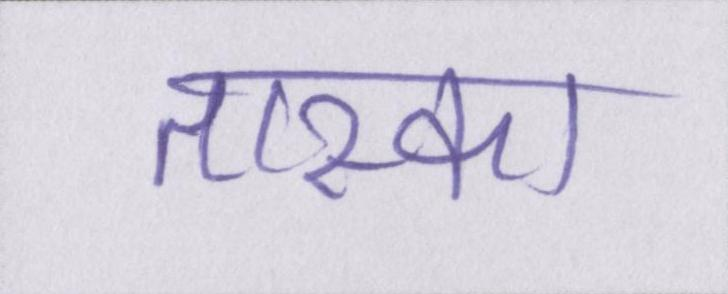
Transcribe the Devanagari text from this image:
तास्का